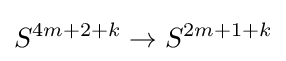
S^{4m+2+k}\to S^{2m+1+k}